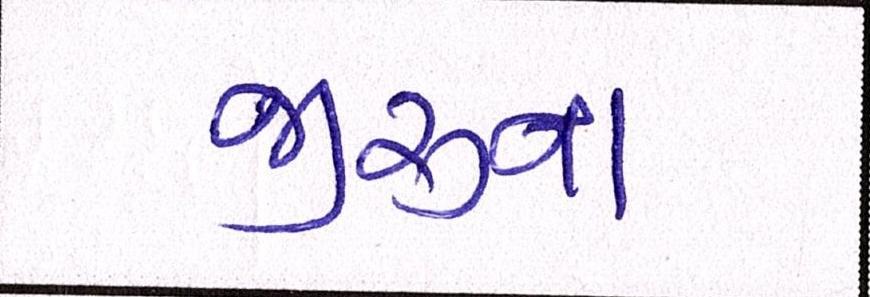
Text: જીરુના